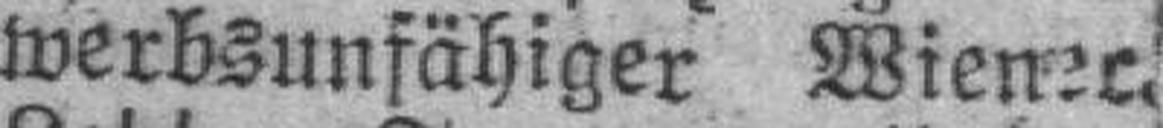
werbsunfähiger Wiener.